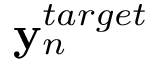
{ \bf y } _ { n } ^ { t a r g e t }